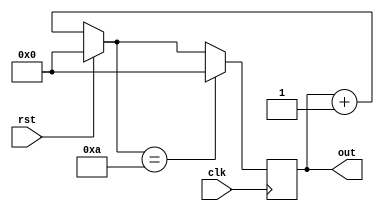
`timescale 1ns / 1ps


module C410(clk, rst, out);
input clk, rst;
output [3:0] out;
reg[3:0] out;

initial out = 4'b0000;

always @(posedge clk)begin

if(rst == 1'b1) out = 4'b0000;

else out = out + 4'b0001;
if(out == 4'b1010) out = 4'b0000;

end

endmodule